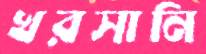
খরসানি